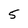
Character: 5